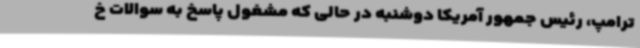
ترامپ، رئیس جمهور آمریکا دوشنبه در حالی که مشغول پاسخ به سوالات خ